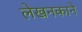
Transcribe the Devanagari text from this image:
लेखनकाने